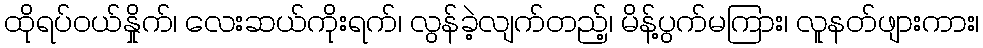
ထိုရပ်ဝယ်နှိုက်၊ လေးဆယ်ကိုးရက်၊ လွန်ခဲ့လျက်တည့်၊ မိန့်ပွက်မကြား၊ လူနတ်ဖျားကား၊